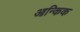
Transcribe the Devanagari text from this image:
आन्किक